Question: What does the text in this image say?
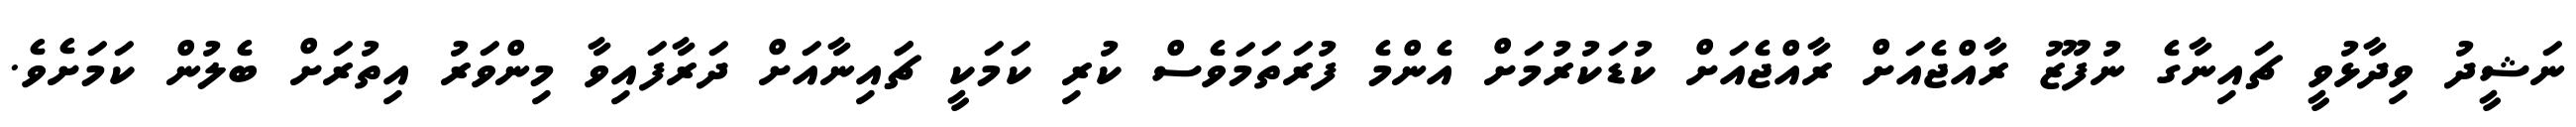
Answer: ނަޝީދު ވިދާޅުވީ ޗައިނާގެ ނުފޫޒު ރާއްޖެއަށް ރާއްޖެއަށް ކުޑަކުރުމަށް އެންމެ ފުރަތަމަވެސް ކުރި ކަމަކީ ޗަައިނާއަށް ދަރާފައިވާ މިންވަރު އިތުރަށް ބެލުން ކަމަށެވެ.